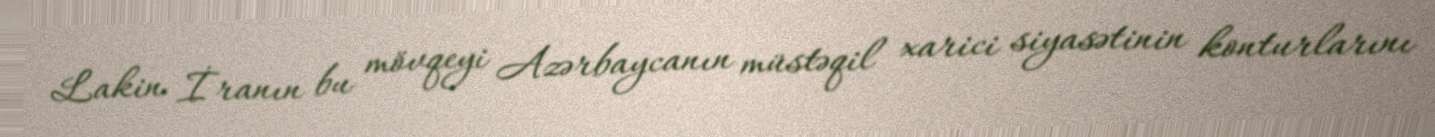
Lakin İranın bu mövqeyi Azərbaycanın müstəqil xarici siyasətinin konturlarını